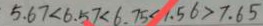
5 . 6 7 < 6 . 5 7 < 6 . 7 5 < 1 . 5 6 > 7 . 6 5